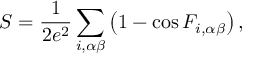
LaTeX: S = \frac { 1 } { 2 e ^ { 2 } } \sum _ { i , \alpha \beta } \left( 1 - \cos F _ { i , \alpha \beta } \right) ,